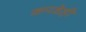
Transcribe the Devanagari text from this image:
कपडेही